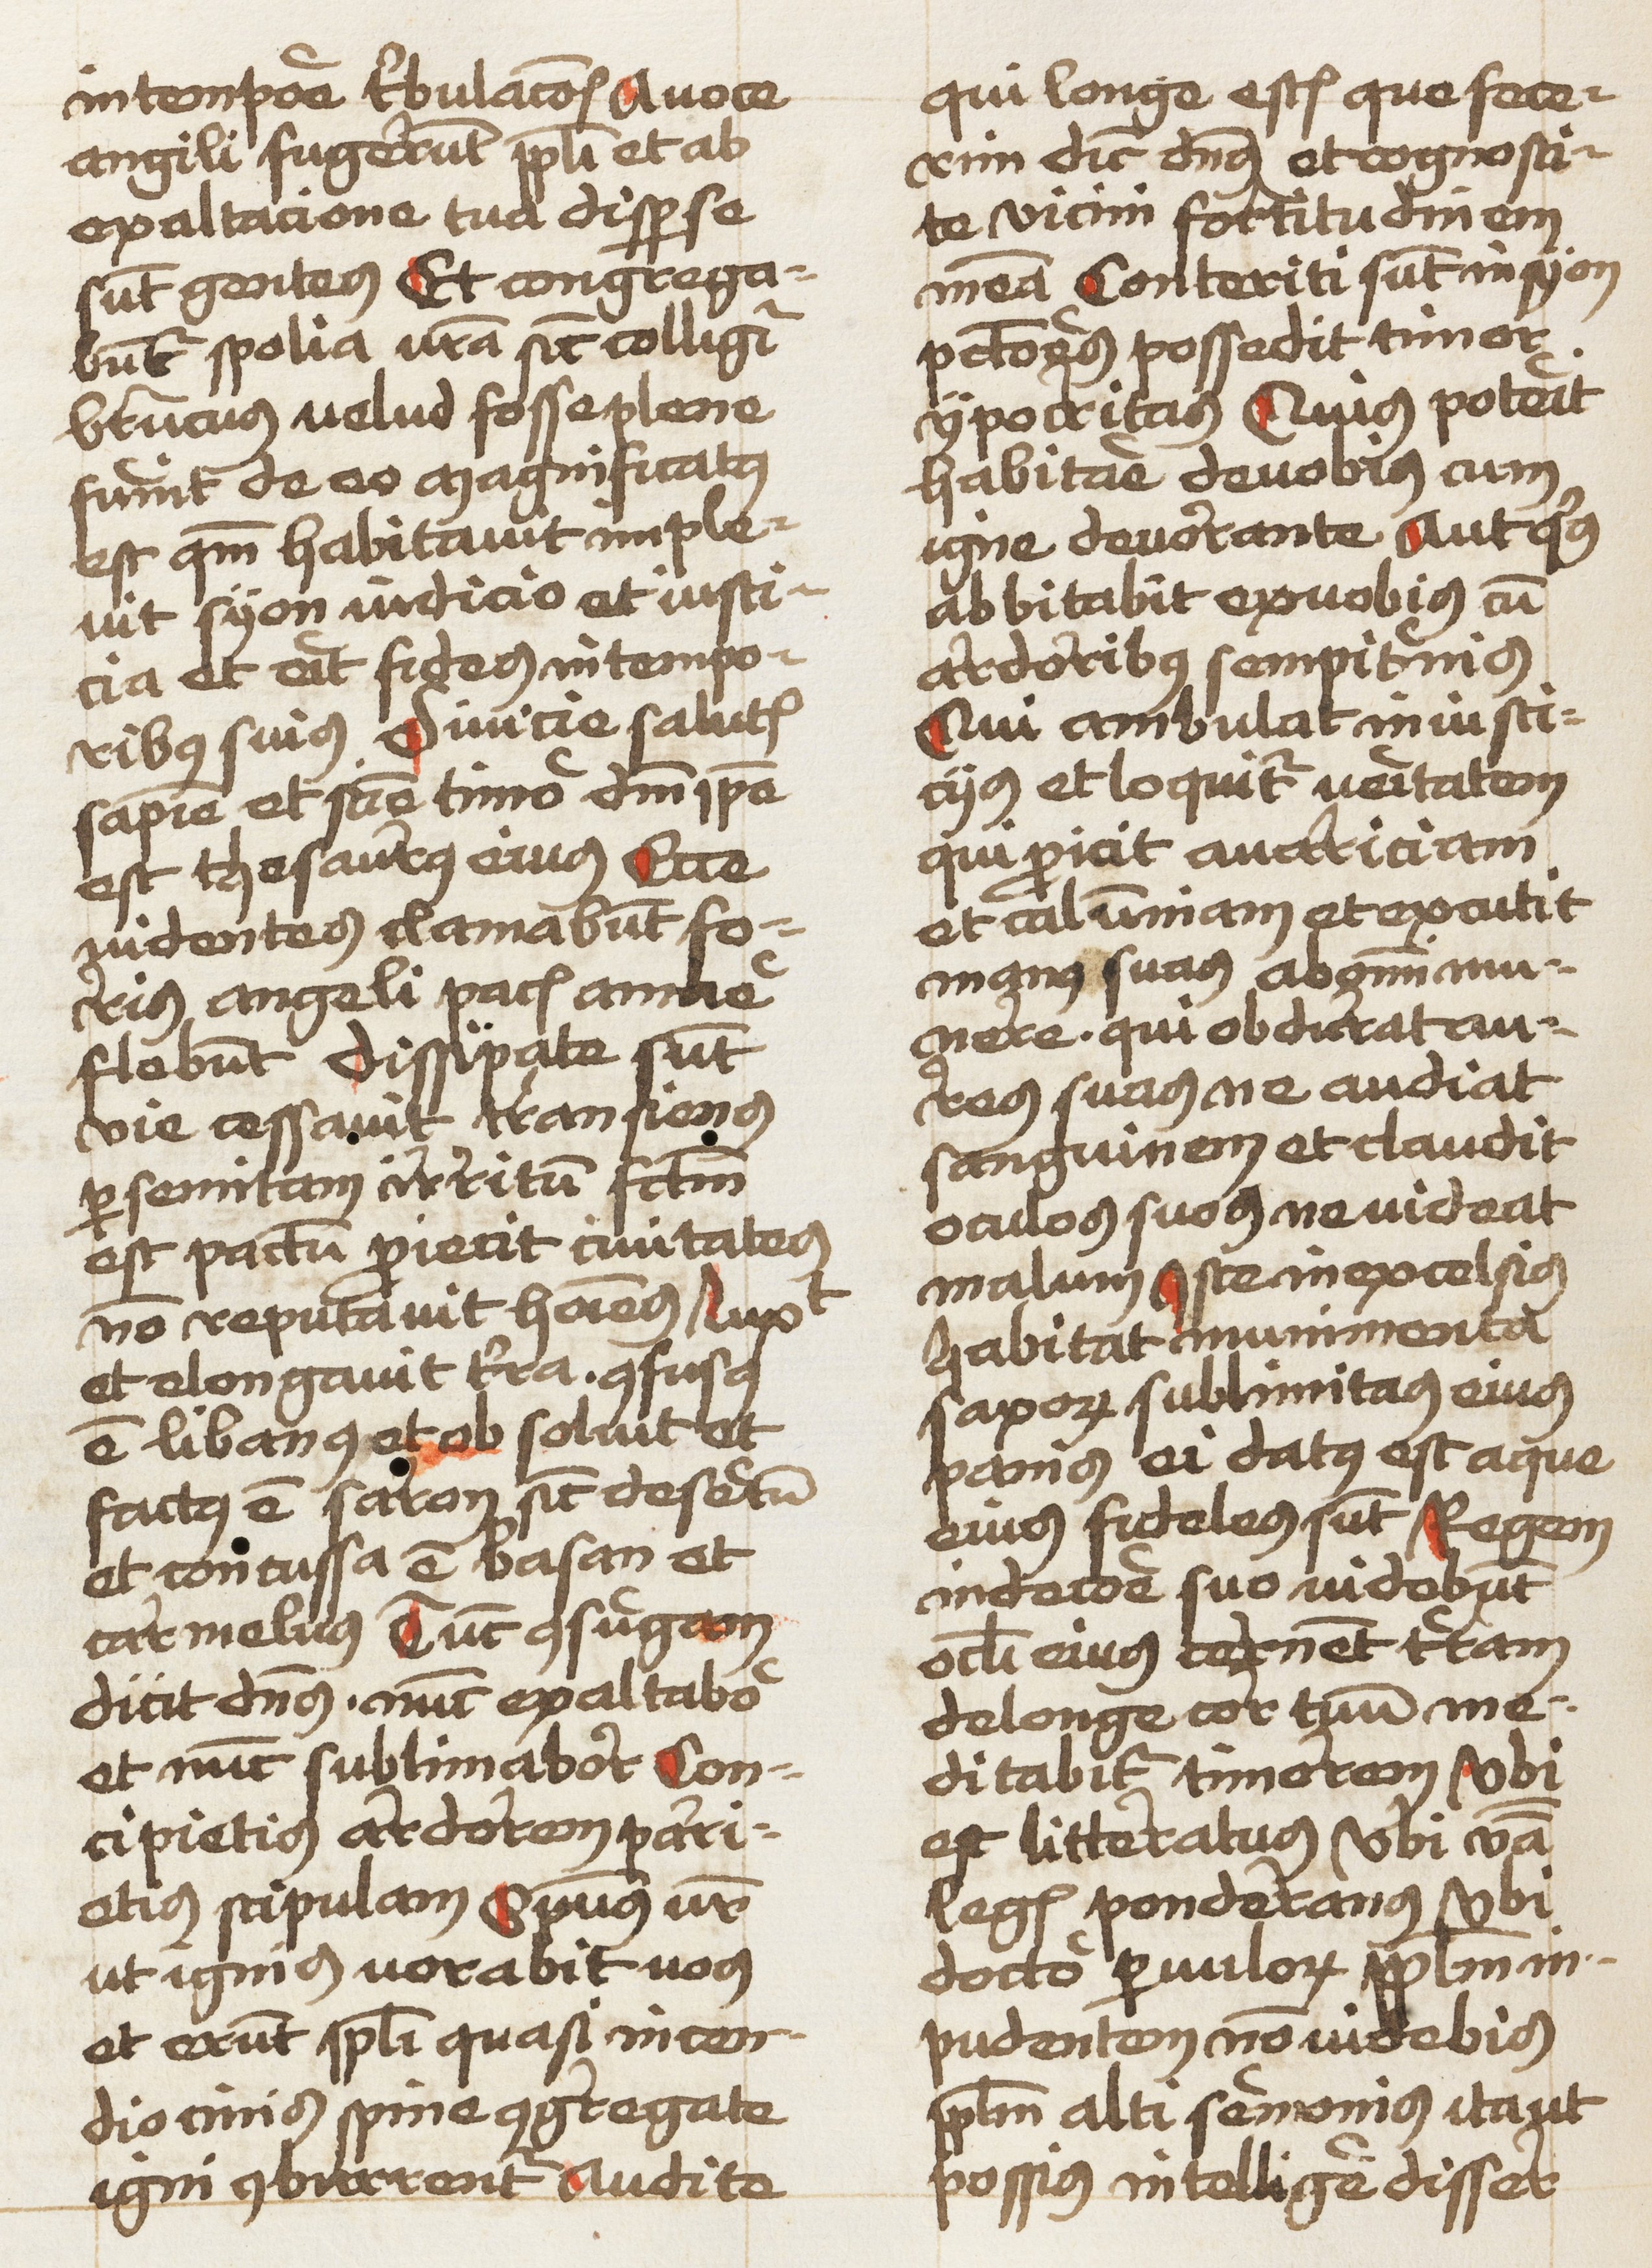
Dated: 1459–1459